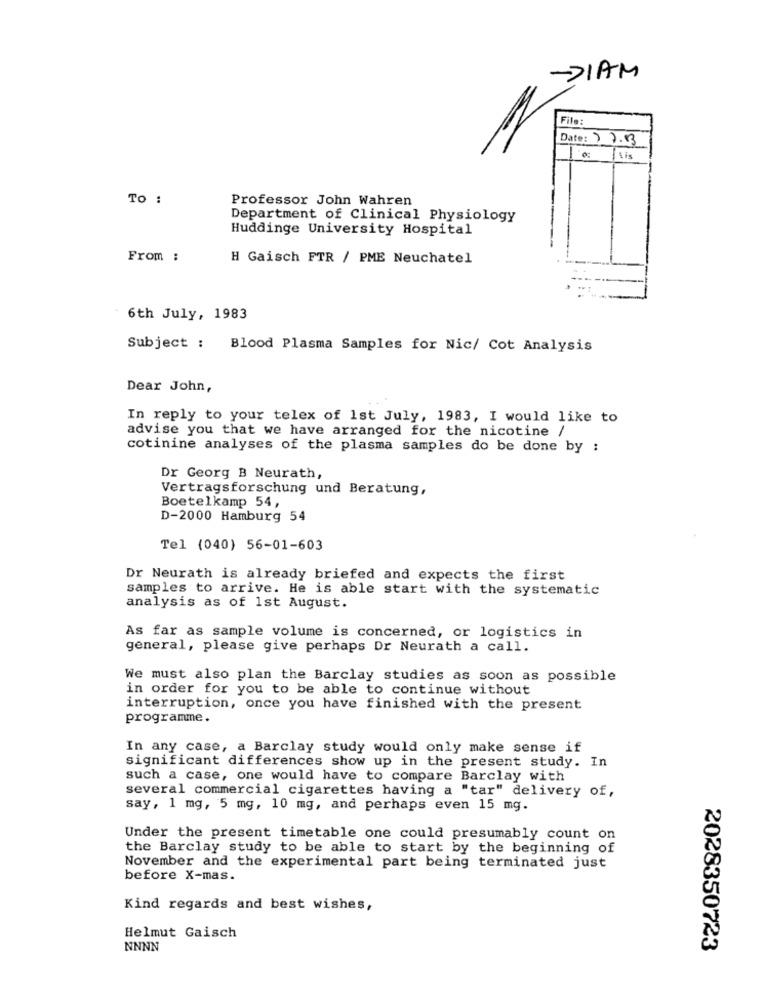
-DIAM
File:
Date: 7 7.13
is
TO :
Professor John Wahren
Department of Clinical Physiology
Huddinge University Hospital
From :
H Gaisch FTR / PME Neuchatel
6th July, 1983
Subject : Blood Plasma Samples for Nic/ Cot Analysis
Dear John,
In reply to your telex of 1st July, 1983, I would like to
advise you that we have arranged for the nicotine /
cotinine analyses of the plasma samples do be done by :
Dr Georg B Neurath,
Vertragsforschung und Beratung,
Boetelkamp 54,
D-2000 Hamburg 54
Tel (040) 56-01-603
Dr Neurath is already briefed and expects the first
samples to arrive. He is able start with the systematic
analysis as of 1st August.
As far as sample volume is concerned, or logistics in
general, please give perhaps Dr Neurath a call.
We must also plan the Barclay studies as soon as possible
in order for you to be able to continue without
interruption, once you have finished with the present
programme.
In any case, a Barclay study would only make sense if
significant differences show up in the present study. In
such a case, one would have to compare Barclay with
several commercial cigarettes having a "tar" delivery of,
say, 1 mg, 5 mg, 10 mg, and perhaps even 15 mg.
Under the present timetable one could presumably count on
the Barclay study to be able to start by the beginning of
November and the experimental part being terminated just
before X-mas.
Kind regards and best wishes,
Helmut Gaisch
NNNN
2028350723